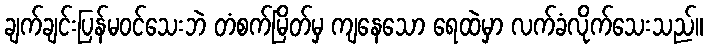
ချက်ချင်းပြန်မဝင်သေးဘဲ တံစက်မြိတ်မှ ကျနေသော ရေထဲမှာ လက်ခံလိုက်သေးသည်။